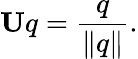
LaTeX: \mathbf{U}q={\frac{q}{\lVert q\rVert}}.